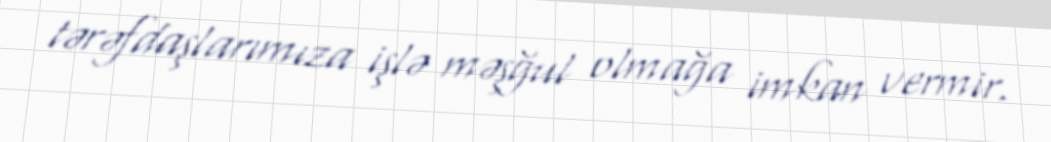
tərəfdaşlarımıza işlə məşğul olmağa imkan vermir.